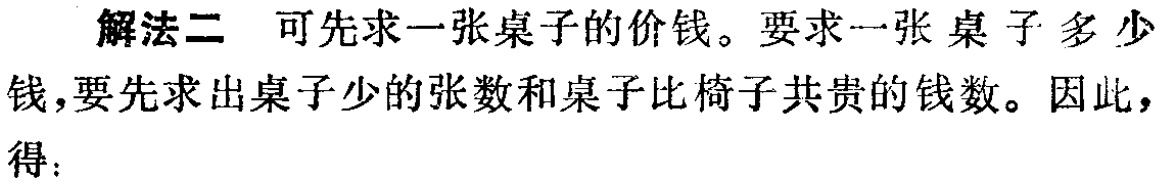
解法二 可先求一张桌子的价钱。要求一张桌子多少
钱，要先求出桌子少的张数和桌子比椅子共贵的钱数。因此，
得：